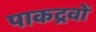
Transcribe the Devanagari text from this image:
पाकद्रवों